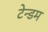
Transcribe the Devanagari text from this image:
टेन्डम